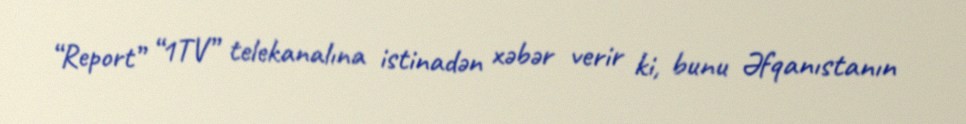
“Report” “1TV” telekanalına istinadən xəbər verir ki, bunu Əfqanıstanın